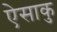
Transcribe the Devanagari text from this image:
ऐसाकु